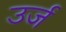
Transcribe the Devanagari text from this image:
उर्ज